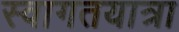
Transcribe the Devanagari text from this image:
स्वागतयात्रा